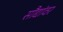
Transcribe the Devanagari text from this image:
सौद्यांवर